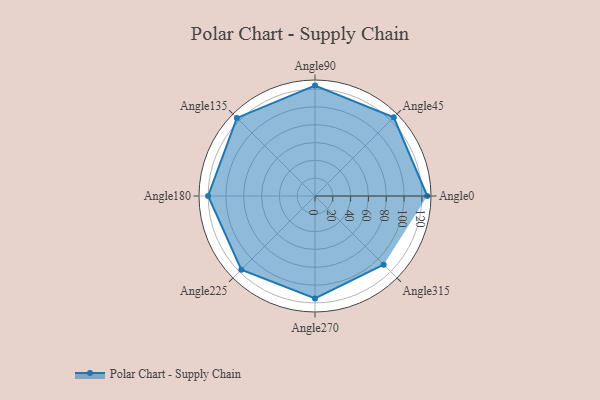
{"axis": {"x": "Angle", "y": "Radius"}, "legend": [""], "data": [{"x": "Angle0", "y": 126.0, "type": ""}, {"x": "Angle45", "y": 125.0, "type": ""}, {"x": "Angle90", "y": 124.0, "type": ""}, {"x": "Angle135", "y": 124.0, "type": ""}, {"x": "Angle180", "y": 120.0, "type": ""}, {"x": "Angle225", "y": 117.0, "type": ""}, {"x": "Angle270", "y": 115.0, "type": ""}, {"x": "Angle315", "y": 109.0, "type": ""}]}